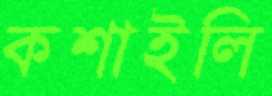
কশাইলি